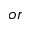
o r